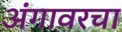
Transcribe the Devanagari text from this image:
अंगावरचा